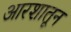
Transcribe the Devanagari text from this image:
आरशातून